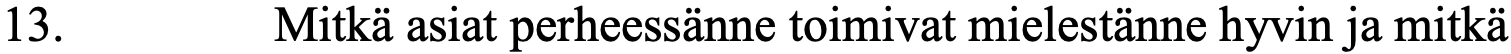
13.      Mitkä asiat perheessänne toimivat mielestänne hyvin ja mitkä